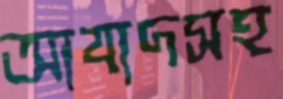
আযাদসহ